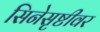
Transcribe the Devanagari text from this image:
सिनेसृष्टीवर